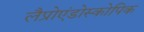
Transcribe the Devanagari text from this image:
लैप्रोएंडोस्कोपिक